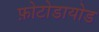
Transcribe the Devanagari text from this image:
फ़ोटोडायोड